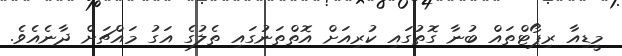
މީޑިއާ ރިޕޯޓްތައް ބުނާ ގޮތުގައި ކުރިއަށް އޮތްތަނުގައި ތެލުގެ އަގު މައްޗަށް ދާނެއެވެ.